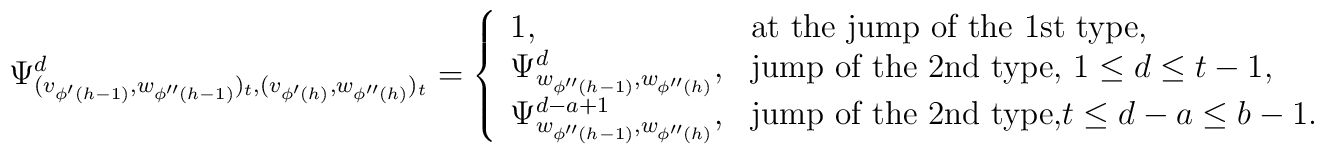
\Psi^d_{(v_{\phi'(h-1)},w_{\phi''(h-1)})_t,(v_{\phi'(h)},w_{\phi''(h)})_t}=\left\{\begin{array}{ll}1,& \mbox{at the jump of the 1st type,}\\\Psi^d_{w_{\phi''(h-1)},w_{\phi''(h)}},& \mbox{jump of the 2nd type, $1\leq d\leq t-1$,}\\\Psi^{d-a+1}_{w_{\phi''(h-1)},w_{\phi''(h)}},& \mbox{jump of the 2nd type,$t\leq d-a\leq b-1$.}\end{array}\right.